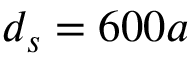
d _ { s } = 6 0 0 a